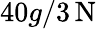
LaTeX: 40g/3\, \mathrm{N}